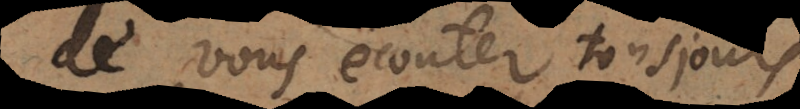
de vous ecouter tousjours